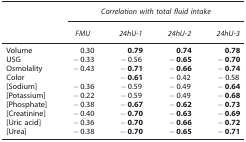
<table><thead><tr><td><b> </b></td><td colspan="4"><b><i>Correlation with total fluid intake</i></b></td></tr><tr><td><b> </b></td><td><b><i>FMU</i></b></td><td><b><i>24hU-1</i></b></td><td><b><i>24hU-2</i></b></td><td><b><i>24hU-3</i></b></td></tr></thead><tbody><tr><td>Volume</td><td>0.30</td><td><b>0.79</b></td><td><b>0.74</b></td><td><b>0.78</b></td></tr><tr><td>USG</td><td>−0.33</td><td>−0.56</td><td><b>−0.65</b></td><td><b>−0.70</b></td></tr><tr><td>Osmolality</td><td>−0.43</td><td><b>−0.71</b></td><td><b>−0.66</b></td><td><b>−0.74</b></td></tr><tr><td>Color</td><td> </td><td><b>−0.61</b></td><td>−0.42</td><td>−0.58</td></tr><tr><td>[Sodium]</td><td>−0.36</td><td>−0.59</td><td>−0.49</td><td><b>−0.64</b></td></tr><tr><td>[Potassium]</td><td>−0.22</td><td>−0.59</td><td>−0.49</td><td><b>−0.68</b></td></tr><tr><td>[Phosphate]</td><td>−0.38</td><td><b>−0.67</b></td><td><b>−0.62</b></td><td><b>−0.73</b></td></tr><tr><td>[Creatinine]</td><td>−0.40</td><td><b>−0.70</b></td><td><b>−0.63</b></td><td><b>−0.69</b></td></tr><tr><td>[Uric acid]</td><td>−0.36</td><td><b>−0.70</b></td><td><b>−0.66</b></td><td><b>−0.72</b></td></tr><tr><td>[Urea]</td><td>−0.38</td><td><b>−0.70</b></td><td><b>−0.65</b></td><td><b>−0.71</b></td></tr></tbody></table>